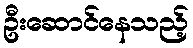
ဦးဆောင်နေသည့်